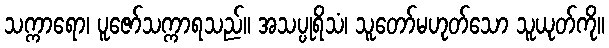
သက္ကာရော၊ ပူဇော်သက္ကာရသည်။ အသပ္ပုရိသံ၊ သူတော်မဟုတ်သော သူယုတ်ကို။